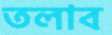
তলাব